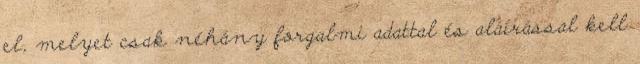
el, melyet csak néhány forgalmi adattal és aláírással kell